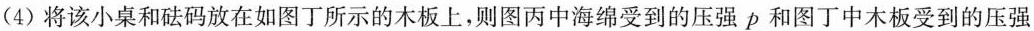
(4) 将该小桌和砝码放在如图丁所示的木板上，则图丙中海绵受到的压强p和图丁中木板受到的压强